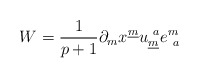
\begin{align*}W={1\over{p+1}}\partial_{m} x^{\underline m}u^{~a}_{\underline m}e_{~a}^{m}\end{align*}